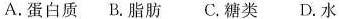
A.蛋白质 B.脂肪 C.糖类 D.水